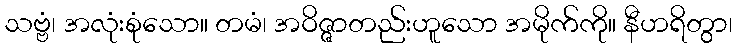
သဗ္ဗံ၊ အလုံးစုံသော။ တမံ၊ အဝိဇ္ဇာတည်းဟူသော အမိုက်ကို။ နီဟရိတွာ၊